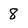
Character: 8